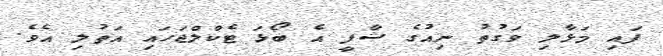
ފައި މަޅާލި ވަގުތު ނިއުގެ ޝާފީ އެ ބޯޅަ ޓެކްލްޖަހައި އަތުލި އެވެ.